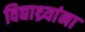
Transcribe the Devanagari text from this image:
विद्याथ्र्यांना